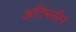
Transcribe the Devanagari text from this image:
अतिभक्तीनें